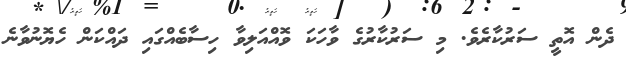
ދެން އޮތީ ސަރުކާރެވެ. މި ސަރުކާރުގެ ވާހަކަ ވޮއްއަލިވާ ހިސާބެއްގައި ދައްކަން ހެޔޮނުވާނެ